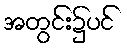
အတွင်း၌ပင်